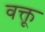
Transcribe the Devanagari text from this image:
वक्तू